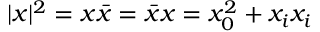
| x | ^ { 2 } = x \bar { x } = \bar { x } x = x _ { 0 } ^ { 2 } + x _ { i } x _ { i }